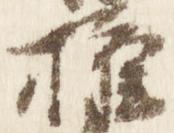
権